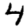
Digit: 4